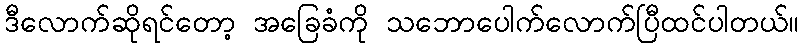
ဒီလောက်ဆိုရင်တော့ အခြေခံကို သဘောပေါက်လောက်ပြီထင်ပါတယ်။